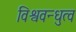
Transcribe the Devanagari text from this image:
विश्ववन्धुत्व